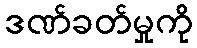
ဒဏ်ခတ်မှုကို